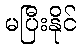
မပြီးနိုင်